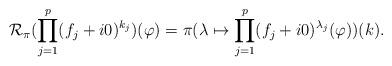
LaTeX: \begin{align*}\mathcal{R}_\pi(\prod_{j=1}^p(f_j+i0)^{k_j})(\varphi)=\pi( \lambda\mapsto \prod_{j=1}^p(f_j+i0)^{\lambda_j}(\varphi))(k).\end{align*}